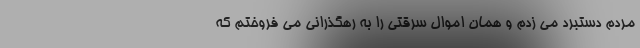
مردم دستبرد می زدم و همان اموال سرقتی را به رهگذرانی می فروختم که